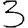
Digit: 3